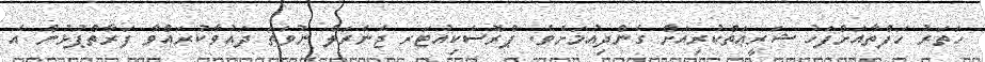
ހަތަރު ހަފްތާއަށްފަހު ޝަރީޢަތްކުރިއަށް ގެންދިއުމަށެވެ. ޕްރޮސެކިއުޓަރ ޖެނެރަލް ނުވަތަ ދައުވާކުރައްވާ ފަރާތްޕުޅުން އެ